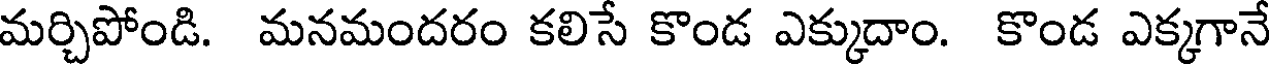
మర్చిపోండి. మనమందరం కలిసే కొండ ఎక్కుదాం. కొండ ఎక్కగానే